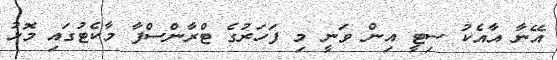
އޭނާ އާއެކު ސިޓީ އިން ވަނީ މި ފަހަރުގެ ޓްރާންސްފާ މާކެޓުގައި މޮޅު